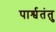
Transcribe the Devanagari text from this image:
पार्श्वतंतु